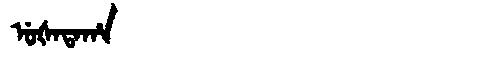
Manchu: ᡠᡧᠠᡨᠠᡥᠠ
Romanization: UŠATAHA